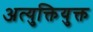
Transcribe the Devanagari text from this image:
अत्युक्तियुक्त